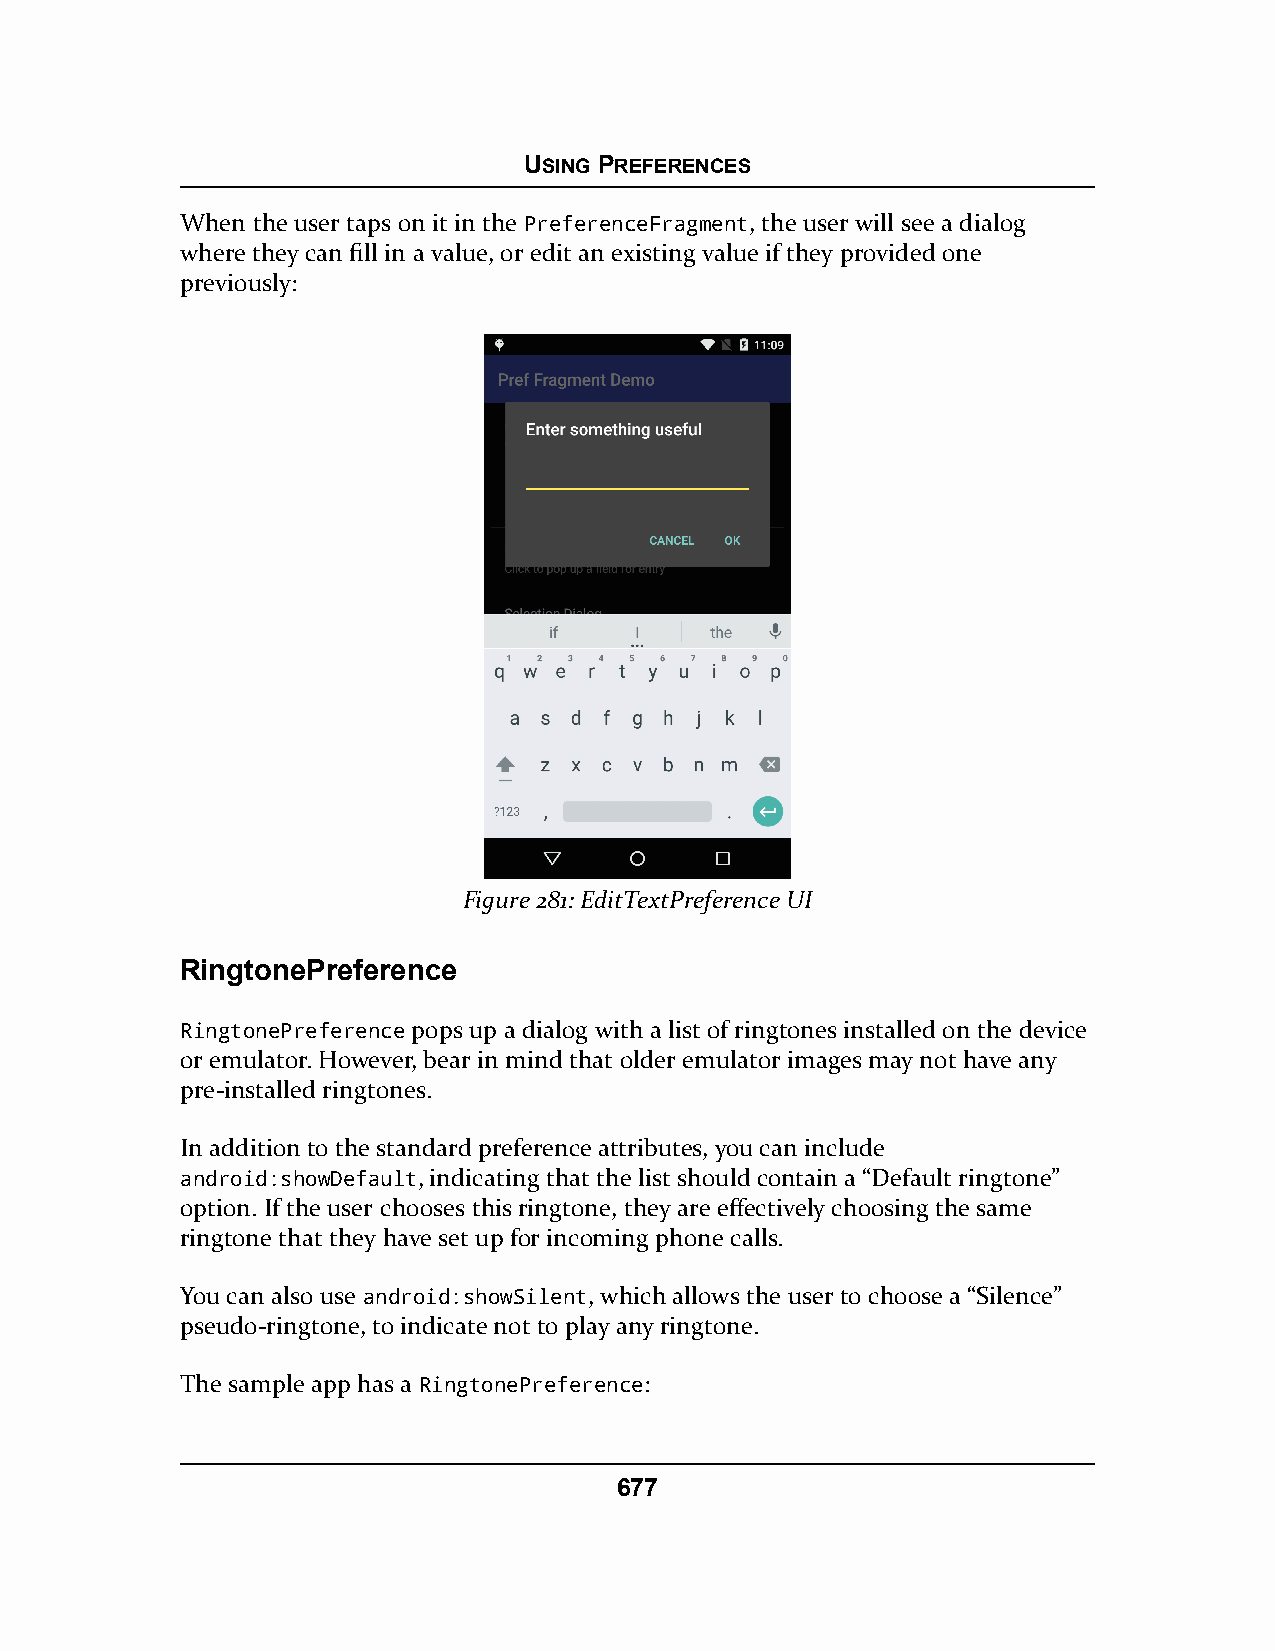
USING PREFERENCES
 When the user taps on it in the PreferenceFragment, the user will see a dialog
 where they can fill in a value, or edit an existing value if they provided one
 previously:
 Figure 281: EditTextPreference UI
 RingtonePreference
 RingtonePreference pops up a dialog with a list of ringtones installed on the device
 or emulator. However, bear in mind that older emulator images may not have any
 pre-installed ringtones.
 In addition to the standard preference attributes, you can include
 android:showDefault, indicating that the list should contain a “Default ringtone”
 option. If the user chooses this ringtone, they are effectively choosing the same
 ringtone that they have set up for incoming phone calls.
 You can also use android:showSilent, which allows the user to choose a “Silence”
 pseudo-ringtone, to indicate not to play any ringtone.
 The sample app has a RingtonePreference:
 677